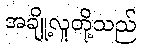
အချို့လူတို့သည်